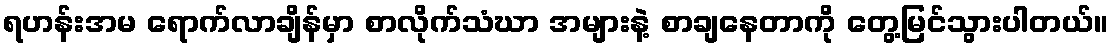
ရဟန်းအမ ရောက်လာချိန်မှာ စာလိုက်သံဃာ အများနဲ့ စာချနေတာကို တွေ့မြင်သွားပါတယ်။